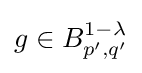
g\in B_{p',q'}^{1-\lambda }